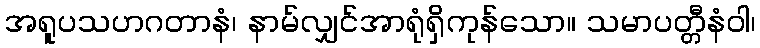
အရူပသဟဂတာနံ၊ နာမ်လျှင်အာရုံရှိကုန်သော။ သမာပတ္တီနံဝါ၊